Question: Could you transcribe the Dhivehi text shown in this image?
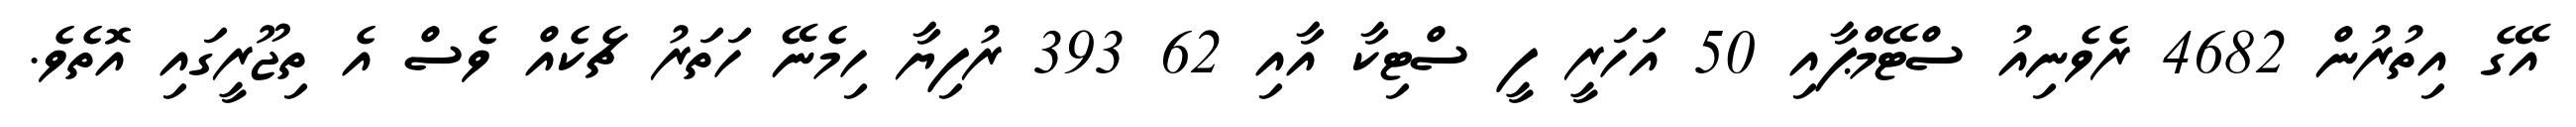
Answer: އޭގެ އިތުރުން 4682 ރެވެނިއު ސްޓޭމްޕާއި 50 އަހަރީ ފީ ސްޓިކާ އާއި 62 393 ރުފިޔާ ހިމެނޭ ހަތަރު ޗެކެއް ވެސް އެ ތިޖޫރީގައި އޮތެވެ.